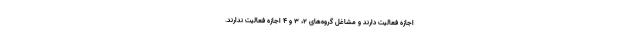
اجازه فعالیت دارند و مشاغل گروه‌های ۲، ۳ و ۴ اجازه فعالیت ندارند.